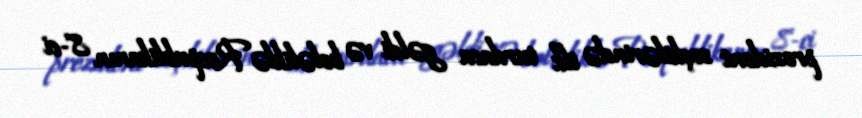
prezident seçkilərində ilk turdaca gəldi və beləliklə Respublikanın 8-ci